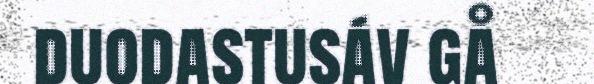
duodastusáv gå